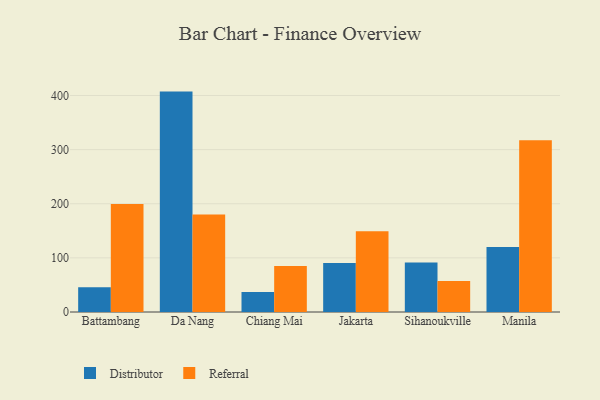
{"axis": {"x": "City", "y": "LTV (USD)"}, "legend": ["Distributor", "Referral"], "data": [{"x": "Battambang", "y": 45.8, "type": "Distributor"}, {"x": "Battambang", "y": 199.4, "type": "Referral"}, {"x": "Da Nang", "y": 407.2, "type": "Distributor"}, {"x": "Da Nang", "y": 180.1, "type": "Referral"}, {"x": "Chiang Mai", "y": 37.1, "type": "Distributor"}, {"x": "Chiang Mai", "y": 85.1, "type": "Referral"}, {"x": "Jakarta", "y": 90.5, "type": "Distributor"}, {"x": "Jakarta", "y": 149.0, "type": "Referral"}, {"x": "Sihanoukville", "y": 91.6, "type": "Distributor"}, {"x": "Sihanoukville", "y": 57.3, "type": "Referral"}, {"x": "Manila", "y": 119.9, "type": "Distributor"}, {"x": "Manila", "y": 317.4, "type": "Referral"}]}